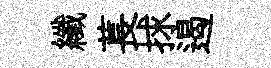
纖萇捄遏